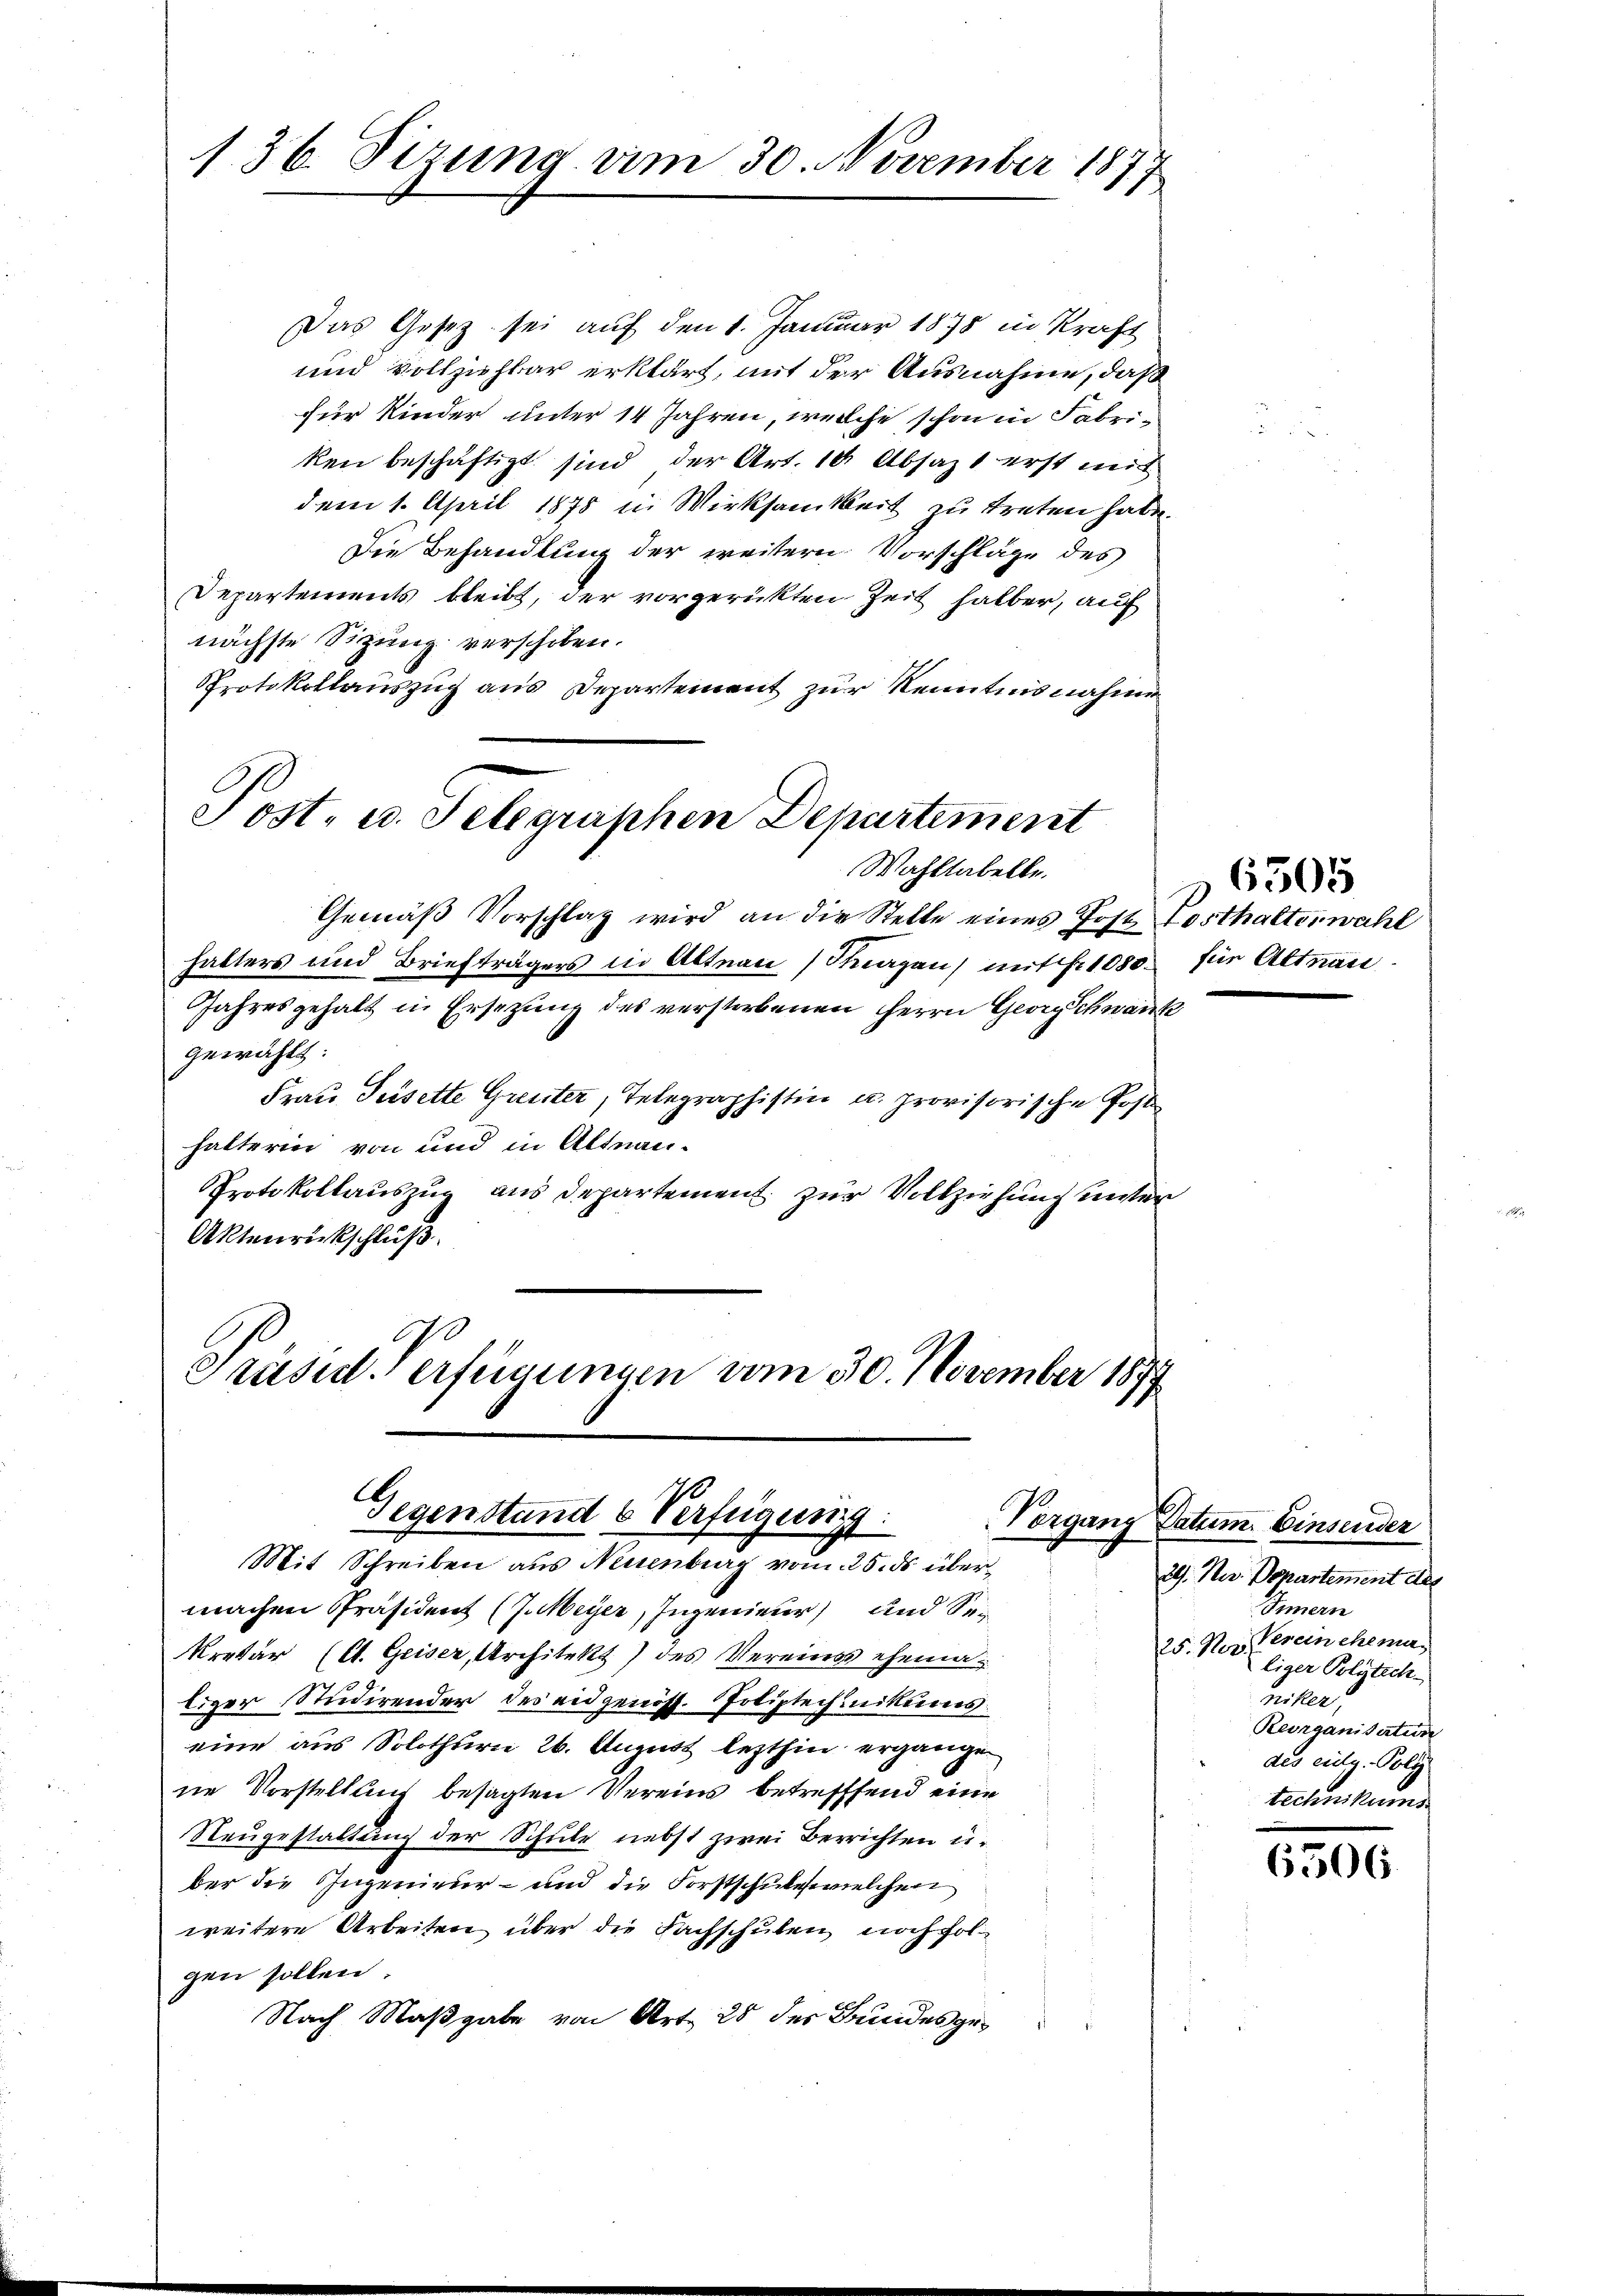
136. Sizung am 30. November 1877

Das Gesetz sei auf den 1. Januar 1878 in Kraft
und vollziehbar erklärt, mit der Ausnahme, daß
für Kinder unter 14 Jahren, welche schon in Fabriken beschäftigt sind der Art. 10 Absatzt erst mit
dem 1. April 1875 in Wirksamkeit zu treten habe.
Die Behandlung der weitern Vorschläge des
Departements bleibt, der vorgerückten Zeit halber, auf
nächste Sitzung verschoben.
Protokollauszug aus Departement zur Kenntnis nahme
Post- u. Selegraphen Departement

Wahltabelle.

Gemäß Vorschlag wird an die Stelle eines Post Posthalterwahl
halters und Briefträgers in Altnau (Sargau) mit Fr. 1080.
Jahresgehalt in Ersezung des verstorbenen Herrn Georg Schwank
gewählt:
Frau Püsette Greister, Telegraphistin u. provisorische Post
halterin von und in Altnau-
Protokollauszug aus departement zur Vollziehung unter
Aktenrückschluß

Präsid. Verfügungen vom 30. November 1877
Gegenstand 6 Verfügung
Mit Schreiben aus Neuenburg vom 25. ds über¬

machen Präsident (J. Meyer, Ingenieur und Sokretär (lt. Geiser, Architekt) des Vereines ehemaliger Studirender des eidgenöss. Poliptechnikums
eine aus Solothurn 26. August lezthin ergängen,
ne Vorstellung besagten Vereins betreffend eine
Neugestaltung der Schule nebst zwei Berrichten u.
ber die Ingenieur- und die Forstschule welchen
weitere Arbeiten über die Fachschulen noch folgen sollen.
Nach Maßgabe von Art. 28 des Bundesge¬

6505
für Altnau

Vorgang Datum. Einsender
29. Nov. Departement des
Innern
25. Nov. Verein ehema
liger Polytech
Becker,
Reorganisation
des eilg. Poly
technikums

6506